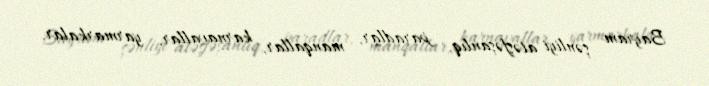
Bayram şənliyi atəşfəşanlıq, paradlar, manqallar, karnavallar, yarmarkalar,